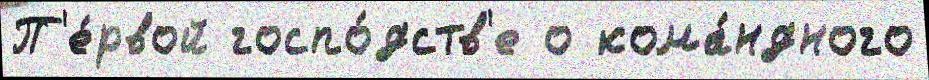
П'е́рвой госпо́дств'е о кома́ндного